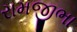
રામજીભા